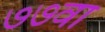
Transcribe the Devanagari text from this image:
७७वा